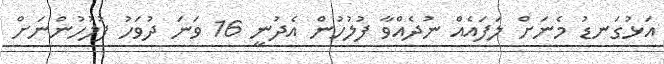
އަޅުގަނޑު މެނަށް ލަފައެއް ނުދެއްވާ ފުލުހުން އެދުނީ 16 ވަނަ ދުވަހު ފުލުހުންނަށް